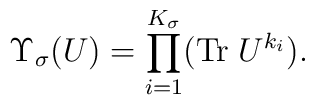
\Upsilon_{\sigma} (U) = \prod_{i=1}^{K_\sigma}  ({\rm Tr}\; U^{k_i}).